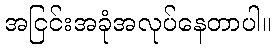
အငြင်းအခုံအလုပ်နေတာပါ။